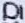
Text: D1